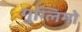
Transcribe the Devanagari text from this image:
गुग्लिमो